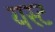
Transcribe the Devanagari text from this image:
यस्ट